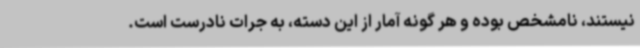
نیستند، نامشخص بوده و هر گونه آمار از این دسته، به جرات نادرست است.